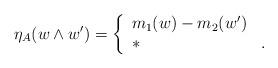
LaTeX: \begin{align*} \eta_A(w \wedge w') = \left\{ \begin{array}{ll} m_1(w) - m_2(w') & \\ * & . \end{array} \right.\end{align*}